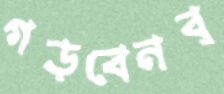
গড়বেনব্